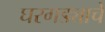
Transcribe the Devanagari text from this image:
घरगड्याचे